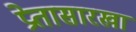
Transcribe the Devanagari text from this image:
प्रेतासारखा